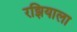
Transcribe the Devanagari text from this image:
रझियाला